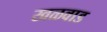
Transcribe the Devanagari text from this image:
खळवाड